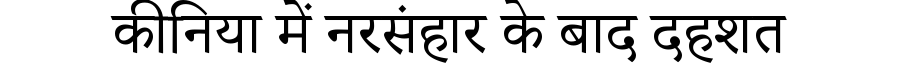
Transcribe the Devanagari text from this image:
कीनिया में नरसंहार के बाद दहशत